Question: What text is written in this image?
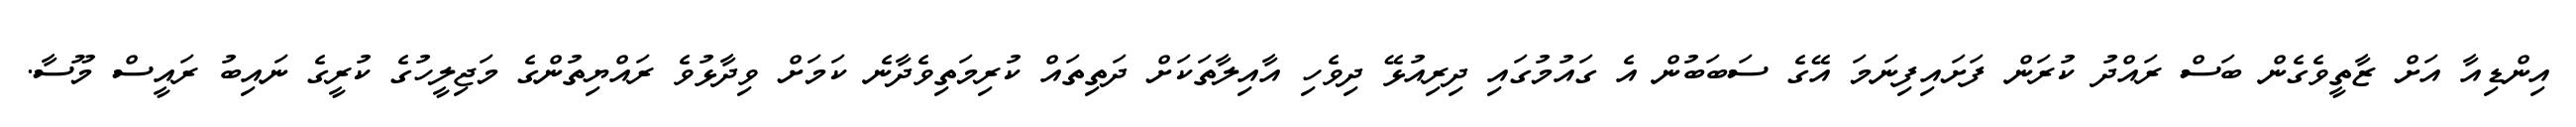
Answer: އިންޑިއާ އަށް ޒާތީވެގެން ބަސް ރައްދު ކުރަން ފަށައިފިނަމަ އޭގެ ސަބަބުން އެ ގައުމުގައި ދިރިއުޅޭ ދިވެހި އާއިލާތަކަށް ދަތިތައް ކުރިމަތިވެދާނެ ކަމަށް ވިދާޅުވެ ރައްޔިތުންގެ މަޖިލީހުގެ ކުރީގެ ނައިބު ރައީސް މޫސާ.